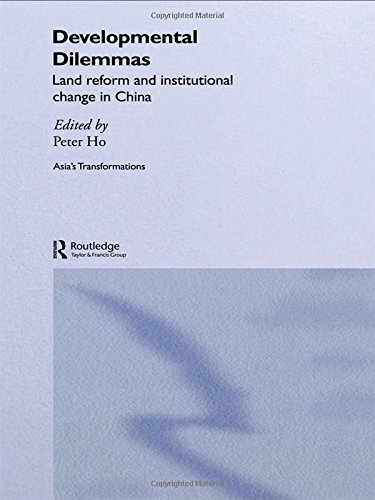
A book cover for Developmental Dilemmas: Land Reform and Institutional Change in China (Routledge Studies in Asia's Transformations); Peter Ho; Law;